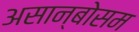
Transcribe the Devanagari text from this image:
असान्बोसम